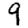
Digit: 9